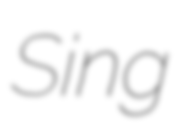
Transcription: Sing